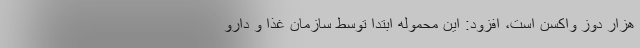
هزار دوز واکسن است، افزود: این محموله ابتدا توسط سازمان غذا و دارو